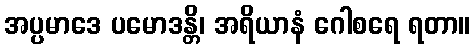
အပ္ပမာဒေ ပမောဒန္တိ၊ အရိယာနံ ဂေါစရေ ရတာ။